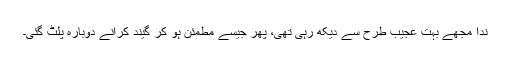
ندا مجھے بہت عجیب طرح سے دیکھ رہی تھی، پھر جیسے مطمئن ہو کر گیند کرانے دوبارہ پلٹ گئی۔